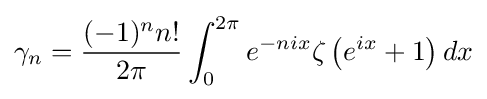
\gamma _{n}={\frac {(-1)^{n}n!}{2\pi }}\int _{0}^{2\pi }e^{-nix}\zeta \left(e^{ix}+1\right)dx